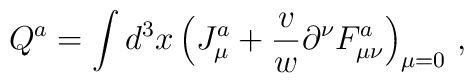
Q^a = \int d^3x\,\Bigl(J_\mu ^a+ {v\over w}\partial ^\nu F_{\mu \nu }^a\Bigr)_{\mu =0} \ ,